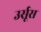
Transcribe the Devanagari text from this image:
उर्सूस